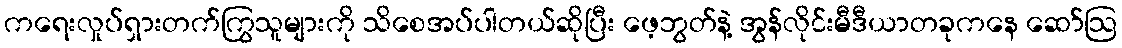
ကရေးလှုပ်ရှားတက်ကြွသူများကို သိစေအပ်ပါတယ်ဆိုပြီး ဖေ့ဘွတ်နဲ့ အွန်လိုင်းမီဒီယာတခုကနေ ဆော်သြ